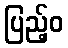
ပြည့်ဝ